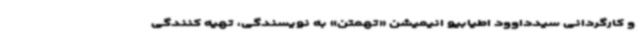
و کارگردانی سیدداوود اطیابیو انیمیشن «تهمتن» به نویسندگی، تهیه کنندگی